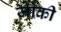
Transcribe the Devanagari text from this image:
ज़ौकी